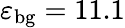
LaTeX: \varepsilon_{\mathrm{{bg}}}=11.1